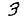
Digit: 3